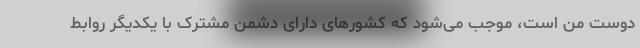
دوستِ من است، موجب می‌شود که کشورهای دارای دشمن مشترک با یکدیگر روابط